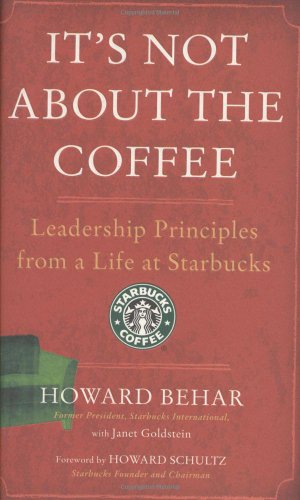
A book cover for It's Not About the Coffee: Leadership Principles from a Life at Starbucks; Howard Behar; Business & Money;